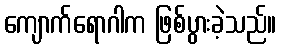
ကျောက်ရောဂါက ဖြစ်ပွားခဲ့သည်။